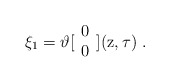
\begin{align*}\xi_1 = \vartheta [ \begin{array}{c} 0 \\ 0\end{array} ] ( {\rm z} , \tau ) \ .\end{align*}